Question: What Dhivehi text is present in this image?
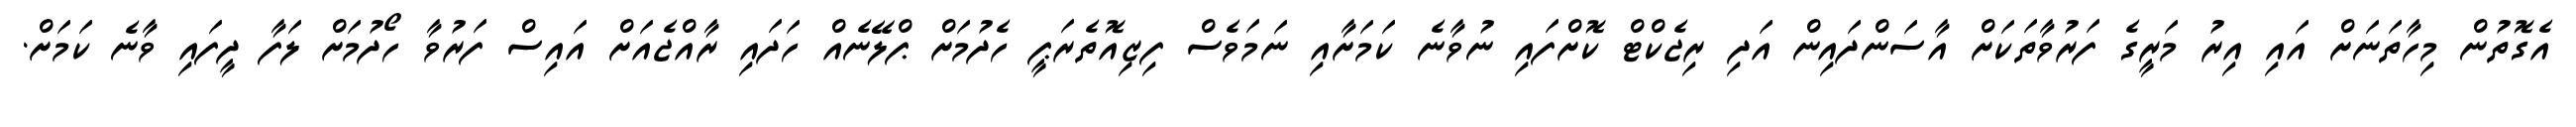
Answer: އެގޮތުން މިހާތަނަށް އައި އިރު މަރީގެ ފަރުވާތަކަށް އާސަންދައިން އަދި ރިޖެކްޓް ކޮށްފައި ނުވާނެ ކަމަށާއި ނަމަވެސް ފިޒިއޮތެރަޕީ ހެދުމަށް ޕްލޭނެއް ހަދައި ރާއްޖެއަށް އައިސް ފަރުވާ ހޯދުމަށް ލަފާ ދީފައި ވާނެ ކަމަށް.